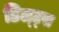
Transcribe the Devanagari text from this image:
डिल्ट्स